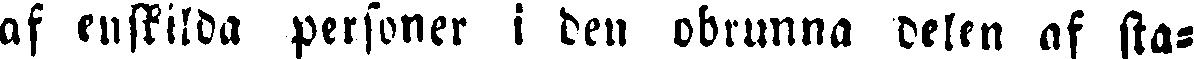
af enskilda personer i den obrunna delen af sta-